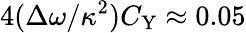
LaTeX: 4(\Delta\omega/\kappa^{2})C_{\mathrm{Y}}\approx 0.05